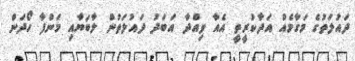
ދައުލަތުގެ މަގާމެއް އަދާކުރީތީ އެއާ ވިއްދާ އަބަދު ދައުލަތުން ލާބަޔާއި މަންފާ ހޯދަން